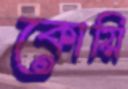
কোয়ি